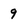
Character: 9